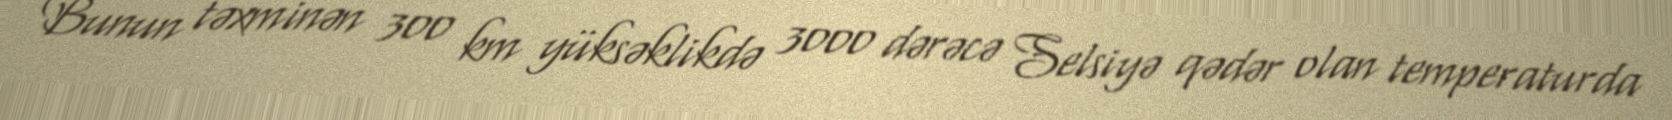
Bunun təxminən 300 km yüksəklikdə 3000 dərəcə Selsiyə qədər olan temperaturda